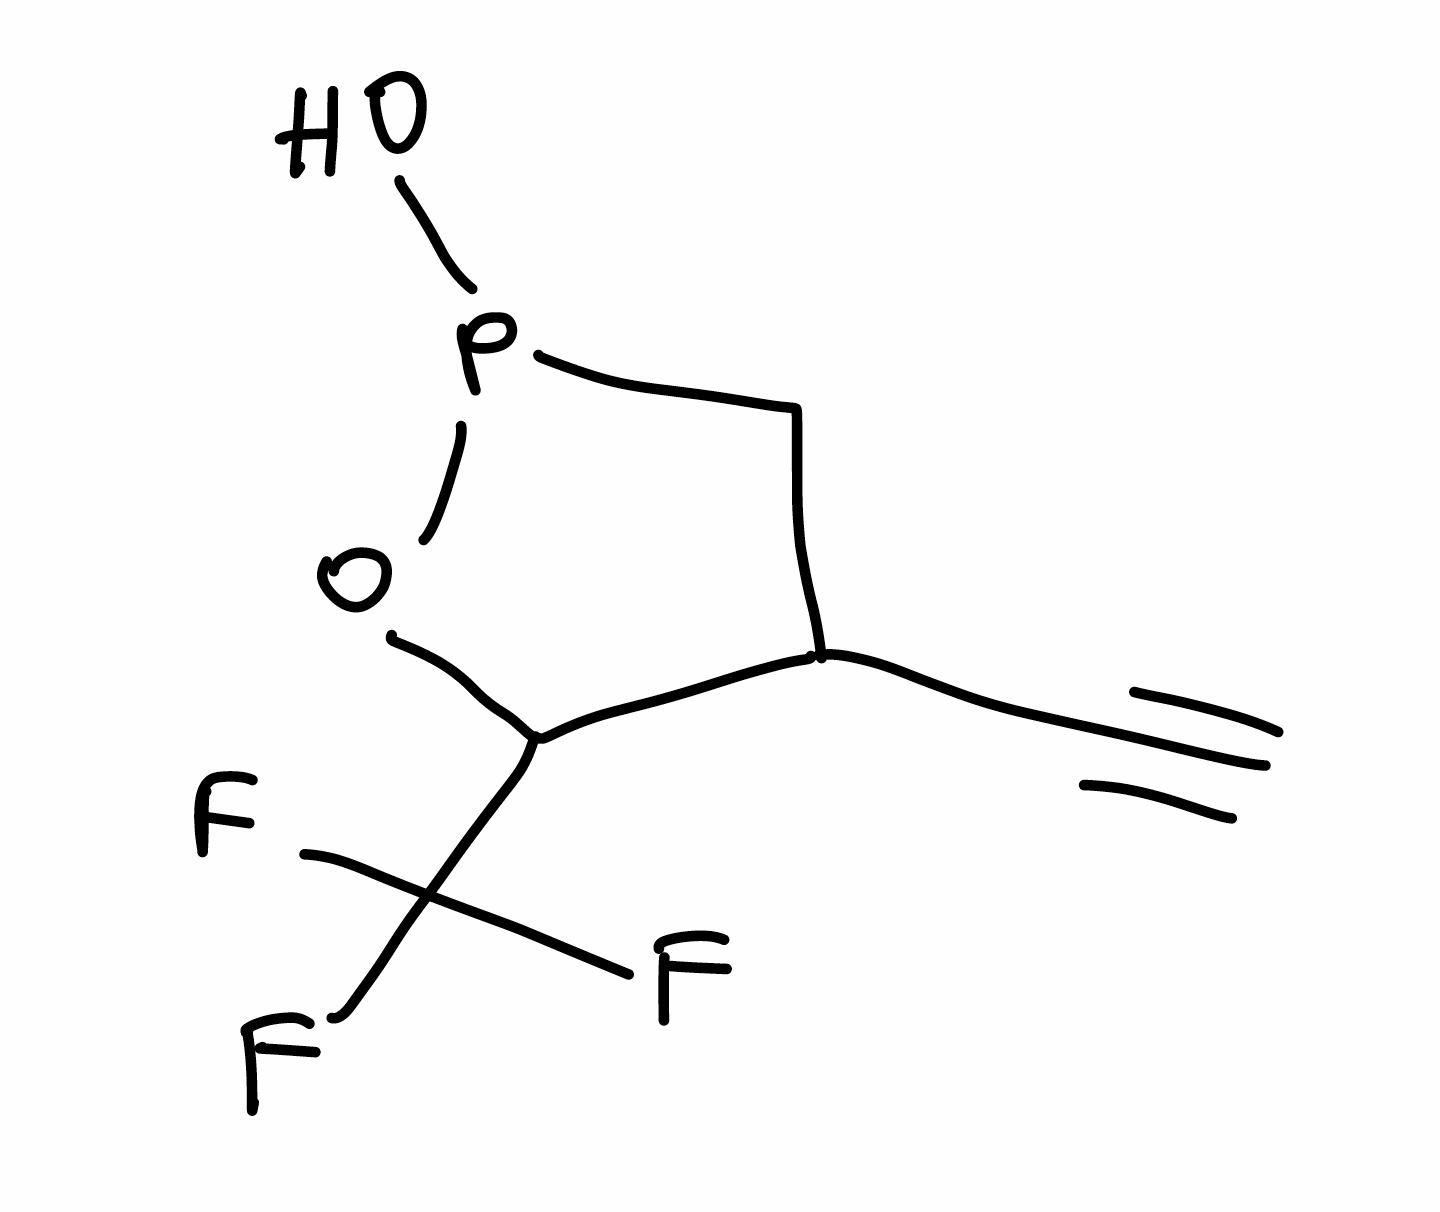
Simplified molecular-input line-entry system (SMILES) notation of the given molecule:
C#CC1CP(OC1C(F)(F)F)O